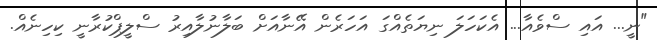
"ނީ... އައި ސްވެއާ... އެކަހަލަ ނިޔަތެއްގަ އަހަރެން އޭނާއަށް ބަލާނުލާއިރު ސްލީޕްކުރާނީ ކިހިނެއް.